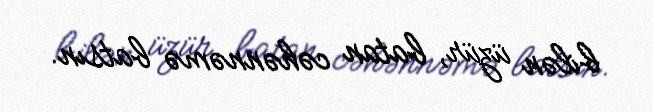
bilən üzür, batan cəhənnəmə batsın.